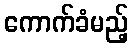
ကောက်ခံမည့်